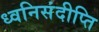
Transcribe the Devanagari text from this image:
ध्वनिसंदीप्ति